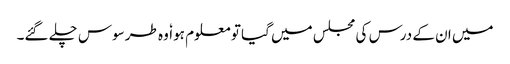
میں ان کے درس کی مجلس میں گیا تو معلوم ہوا ٗ وہ طرسوس چلے گئے۔